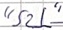
Text: "S2L"